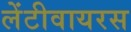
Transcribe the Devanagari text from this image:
लेंटीवायरस